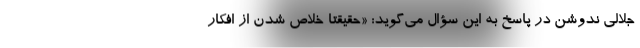
جلالی ندوشن در پاسخ به این سؤال می‌گوید: «حقیقتاً خلاص شدن از افکار